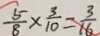
\frac { 5 } { 8 } \times \frac { 3 } { 1 0 } = \frac { 3 } { 1 6 }